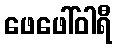
ဖေဖေါ်ဝါရီ